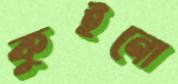
কুইনো